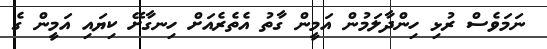
ނަމަވެސް ރުޅި ހިންދާލަމުން އަމީން ގާތު އެތެރެއަށް ހިނގާށޭ ކިޔައި އަމީން ގެ